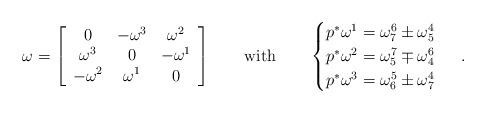
LaTeX: \begin{align*} \omega=\left[\begin{array}{ccc} 0 & -\omega^3 &\omega^2 \\ \omega^3& 0 &-\omega^1 \\ -\omega^2 &\omega^1 &0 \end{array} \right] \qquad\mbox{with}\qquad\begin{cases} p^*\omega^1=\omega^6_7\pm\omega^4_5\\ p^*\omega^2=\omega^7_5\mp\omega^6_4 \\ p^*\omega^3=\omega^5_6\pm\omega^4_7\end{cases}\ .\end{align*}